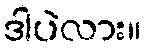
ဒါပဲလား။